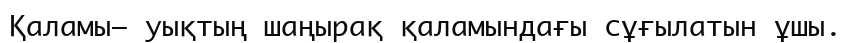
Қаламы– уықтың шаңырақ қаламындағы сұғылатын ұшы.